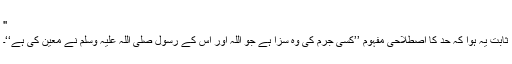
''
ثابت یہ ہوا کہ حد کا اصطلاحی مفہوم ’’کسی جرم کی وہ سزا ہے جو اللہ اور اس کے رسول صلی اللہ علیہ وسلم نے معین کی ہے‘‘۔